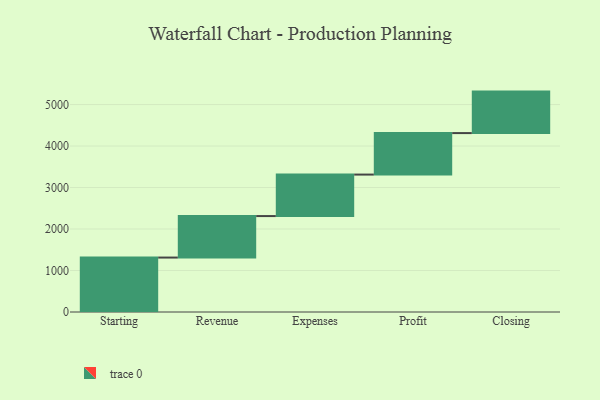
{"axis": {"x": "Step", "y": "Value"}, "legend": [""], "data": [{"x": "Starting", "y": 1312.0, "type": ""}, {"x": "Revenue", "y": 1000, "type": ""}, {"x": "Expenses", "y": 1000, "type": ""}, {"x": "Profit", "y": 1000, "type": ""}, {"x": "Closing", "y": 1000, "type": ""}]}